Lunatic asylums in Bengal annual reports 1899-1911 - 1899-1911
Year: 1899
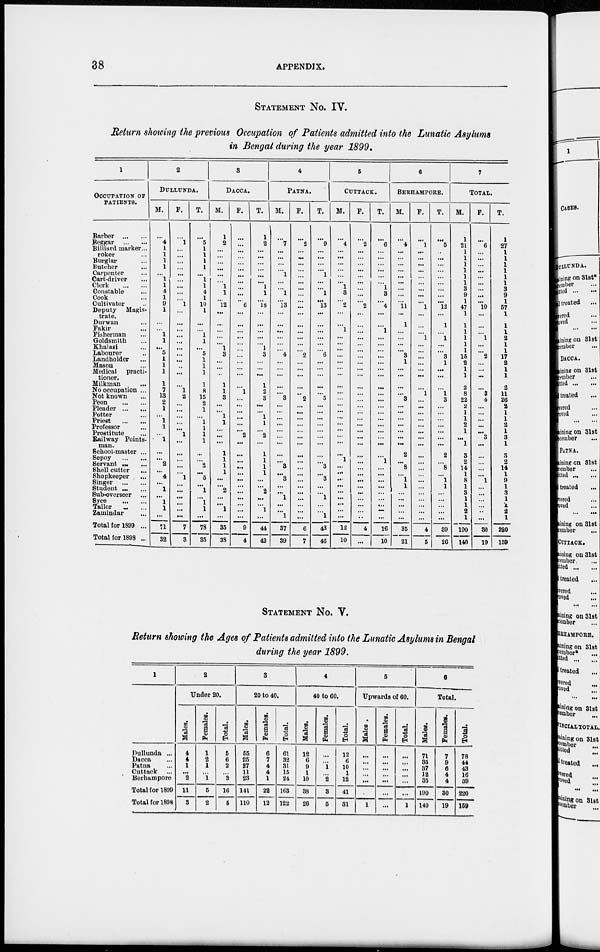
38
APPENDIX.
STATEMENT NO. IV.
Return showing the previous Occupation of Patients admitted into the Lunatic Asylums
in Bengal during the year 1899.
1
OCCUPATION OF
PATIENTS.
Barber
...
...
Beggar
...
...
Billiard marker...
roker ...
Burglar ...
Butcher ...
Carpenter ...
Cart-driver ...
Clerk
...
...
Constable ...
Cook ...
Cultivator ...
Deputy
Magis-
trate.
Durwan ...
Fakir ...
Fisherman ...
Goldsmith ...
Khslasi ...
Labourer ...
Landholder ...
Mason ...
Medical
practi-
tioner.
Milkman
...
No occupation ...
Not known ...
Peon
...
...
Pleader ... ...
Potter ...
Priest
...
...
Professor ...
Prostitute ...
Railway Points-
man.
School-master ...
Sepoy
...
...
Servant ...
...
Shell cutter
Shopkeeper ...
Singer
...
...
Student ... ...
Sub-overseer ...
Syce
...
...
Tailor ... ...
Zamindar ...
Total for 1899 ...
Total for 1898 ...
2
DULLUNDA.
M.
...
4
1
1
1
1
...
1
1
4
1
9
1
...
...
1
1
...
5
1
1
1
1
7
13
2
1
...
1
1
...
1
...
...
2
...
4
...
1
...
1
1
...
71
32
F.
...
1
...
...
...
...
...
...
...
...
...
1
...
...
...
...
...
...
...
...
...
...
...
1
2
...
...
...
...
...
1
...
...
...
...
...
1
...
...
...
...
...
...
7
3
T.
...
5
1
1
1
1
...
1
1
4
1
10
1
...
...
1
1
...
5
1
1
1
1
8
15
2
1
...
1
1
1
1
...
...
2
...
5
...
1
...
1
1
...
78
35
3
DACCA.
M.
1
2
...
...
...
...
...
...
1
1
...
12
...
...
...
...
...
1
3
...
...
...
1
1
3
...
...
1
1
...
...
...
1
1
1
1
...
...
2
...
...
1
...
35
38
F.
...
...
...
...
...
...
...
...
...
...
...
6
...
...
...
...
...
...
...
...
...
...
...
1
...
...
...
...
...
...
2
...
...
...
...
...
...
...
...
...
...
...
...
9
4
T.
1
2
...
...
...
...
...
...
1
1
...
18
...
...
...
...
...
1
3
...
...
...
1
2
3
...
...
1
1
...
2
...
1
1
1
1
...
...
2
...
...
1
44
42
4
PATNA.
M.
...
7
...
...
...
...
1
...
...
1
...
13
...
...
...
...
...
...
4
...
...
...
...
...
3
...
...
...
...
...
...
...
...
...
3
...
3
...
...
1
...
...
1
37
39
F.
...
2
...
...
...
...
...
...
...
...
...
...
...
...
...
...
...
...
2
...
...
...
...
...
2
...
...
...
...
...
...
...
...
...
...
...
...
...
...
...
...
...
...
6
7
T.
...
9
...
...
...
...
1
...
...
1
...
13
...
...
...
...
...
...
6
...
...
...
...
...
5
...
...
...
...
...
...
...
...
...
3
...
3
...
...
1
...
...
1
43
46
5
CUTTACK.
M.
...
4
...
...
...
...
...
...
1
3
...
2
...
...
1
...
...
...
...
...
...
...
...
...
...
...
...
...
...
...
...
...
...
1
...
...
...
...
...
...
...
...
...
12
10
F.
...
2
...
...
...
...
...
...
...
...
...
2
...
...
...
...
...
...
...
...
...
...
...
...
...
...
...
...
...
...
...
...
...
...
...
...
...
...
...
...
...
...
...
4
...
T.
...
6
...
...
...
...
...
...
1
3
...
4
...
...
1
...
...
...
...
...
...
...
...
...
...
...
...
...
...
...
...
...
...
1
...
...
...
...
...
...
...
...
...
16
10
6
BERHAMPORE.
M.
...
4
...
...
...
...
...
...
...
...
...
11
...
1
...
...
...
...
3
1
...
...
...
...
3
...
...
...
...
...
...
...
2
...
8
...
1
1
...
...
...
...
...
35
21
F.
...
1
...
...
...
...
...
...
...
...
...
1
...
...
...
1
...
...
...
...
...
...
...
1
...
...
...
...
...
...
...
...
...
...
...
...
...
...
...
...
...
...
...
4
5
T.
...
5
...
...
...
...
...
...
...
...
...
12
...
1
...
1
...
...
3
1
...
...
...
1
3
...
...
...
...
...
...
...
2
...
8
...
1
1
...
...
...
...
...
39
26
7
TOTAL.
M.
1
21
1
1
1
1
1
1
3
9
1
47
1
1
1
1
1
1
15
2
1
1
2
8
22
2
1
1
2
1
...
1
3
2
14
1
8
1
3
1
1
2
1
190
140
F.
...
6
...
...
...
...
...
...
...
...
...
10
...
...
...
1
...
...
2
...
...
...
...
3
4
...
...
...
...
...
3
...
...
...
...
...
1
...
...
...
...
...
...
30
19
T.
1
27
1
1
1
1
1
1
3
9
1
57
1
1
1
2
1
1
17
2
1
1
2
11
26
2
1
1
2
1
3
1
3
2
14
1
9
1
3
1
1
2
1
220
159
STATEMENT NO. V.
Return showing the Ages of Patients admitted into the Lunatic Asylums in Bengal
during the year 1899.
1
Dullunda ...
Dacca ...
Patna ...
Cuttack ...
Berhampore
Total for 1899
Total for 1898
2
Under 20.
Males.
4
4
1
...
2
11
3
Females.
1
2
1
...
1
5
2
Total.
5
6
2
...
3
16
5
3
20 to 40.
Males.
55
25
27
11
23
141
110
Females.
6
7
4
4
1
22
12
Total.
61
32
31
15
24
163
122
4
40 to 60.
Males.
12
6
9
1
10
38
26
Females.
...
...
1
...
2
3
5
Total.
12
6
10
1
12
41
31
5
Upwards of 60.
Males .
...
...
...
...
...
...
1
Females.
...
...
...
...
...
...
...
Total.
...
...
...
...
...
...
1
6
Total.
Males.
71
35
37
12
35
190
140
Females.
7
9
6
4
4
30
19
Total.
78
44
43
16
39
220
159